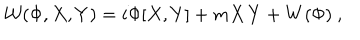
{ \cal W } ( \Phi , X , Y ) = i \Phi [ X , Y ] + m X \, Y + W ( \Phi ) \ ,